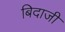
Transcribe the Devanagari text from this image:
बिदाजी